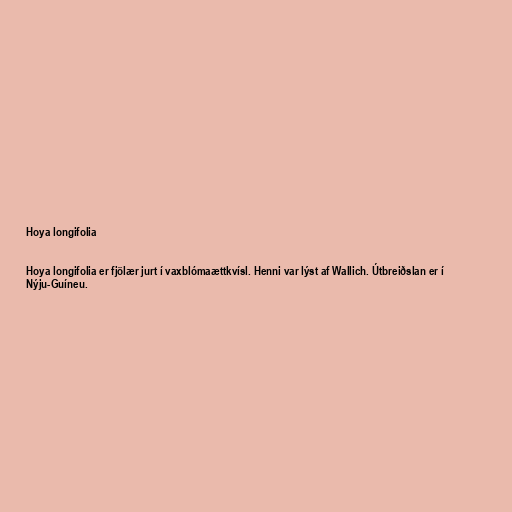
Hoya longifolia

Hoya longifolia er fjölær jurt í vaxblómaættkvísl. Henni var lýst af Wallich. Útbreiðslan er í
Nýju-Guíneu.